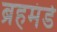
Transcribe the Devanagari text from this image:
ब्रहमंडे